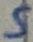
Text: 5